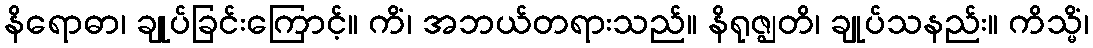
နိရောဓာ၊ ချုပ်ခြင်းကြောင့်။ ကိံ၊ အဘယ်တရားသည်။ နိရုဇ္ဈတိ၊ ချုပ်သနည်း။ ကိသ္မိံ၊